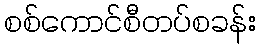
စစ်ကောင်စီတပ်စခန်း